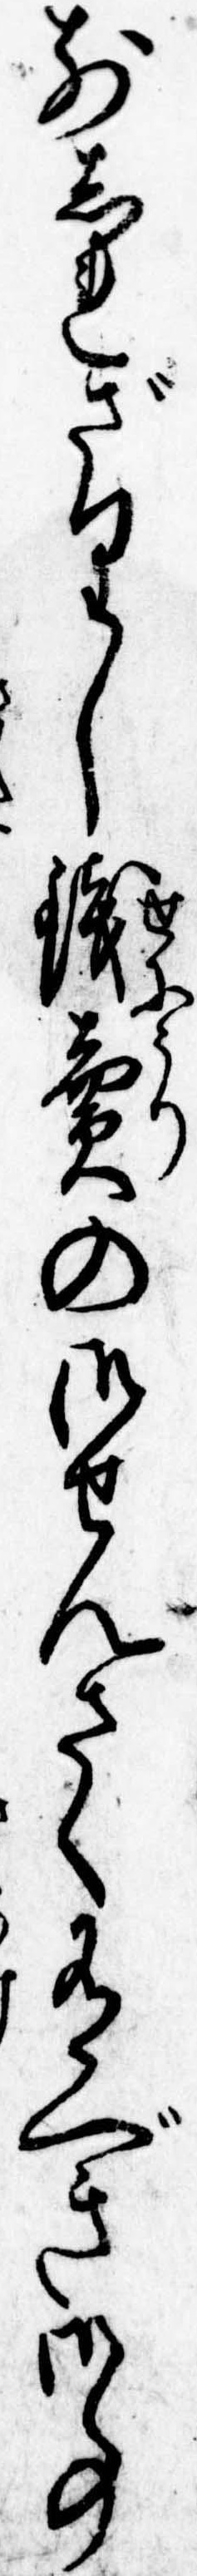
前しれざりし銭売の御せんさく有べき御事